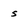
Character: s